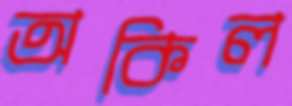
অকিল